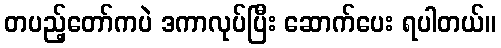
တပည့်တော်ကပဲ ဒကာလုပ်ပြီး ဆောက်ပေး ရပါတယ်။